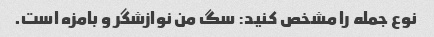
نوع جمله را مشخص کنید: سگ من نوازشگر و بامزه است.